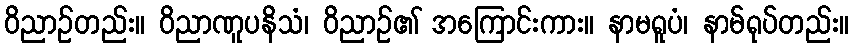
ဝိညာဉ်တည်း။ ဝိညာဏူပနိသံ၊ ဝိညာဉ်၏ အကြောင်းကား။ နာမရူပံ၊ နာမ်ရုပ်တည်း။